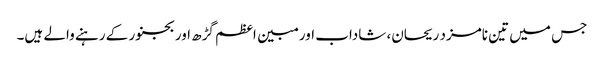
جس میں تین نامزد ریحان، شاداب اور مبین اعظم گڑھ اور بجنور کے رہنے والے ہیں۔